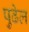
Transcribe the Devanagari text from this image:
पुढेल